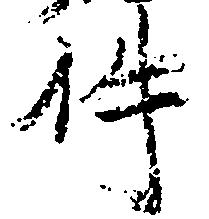
件